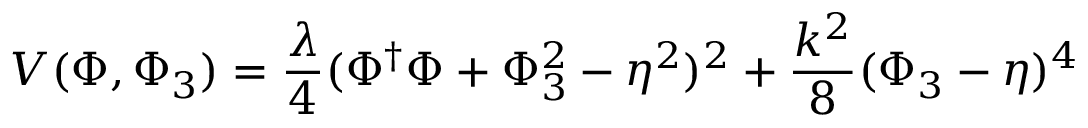
V ( \Phi , \Phi _ { 3 } ) = { \frac { \lambda } { 4 } } ( \Phi ^ { \dagger } \Phi + \Phi _ { 3 } ^ { 2 } - \eta ^ { 2 } ) ^ { 2 } + { \frac { k ^ { 2 } } { 8 } } ( \Phi _ { 3 } - \eta ) ^ { 4 }